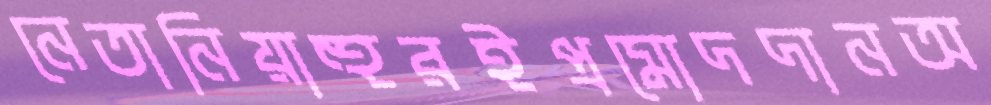
নেতানিয়াহুরইপ্রমোদদানঅ